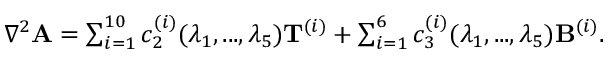
\begin{array} { r } { \begin{array} { r } { \nabla ^ { 2 } { \mathbf { A } } = \sum _ { i = 1 } ^ { 1 0 } c _ { 2 } ^ { ( i ) } ( \lambda _ { 1 } , . . . , \lambda _ { 5 } ) { \mathbf { T } } ^ { ( i ) } + \sum _ { i = 1 } ^ { 6 } c _ { 3 } ^ { ( i ) } ( \lambda _ { 1 } , . . . , \lambda _ { 5 } ) { \mathbf { B } } ^ { ( i ) } . } \end{array} } \end{array}